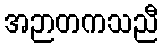
အဉာတကသညီ